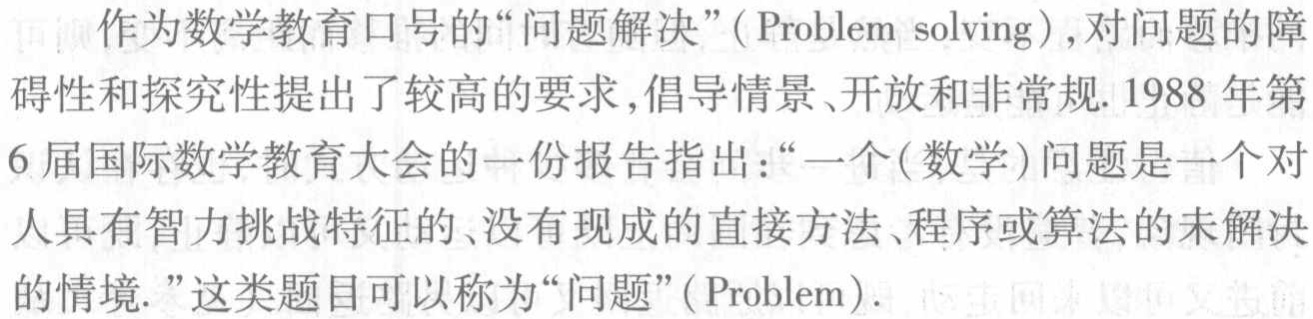
作为数学教育口号的“问题解决”(Problem solving),对问题的障碍性和探究性提出了较高的要求,倡导情景、开放和非常规. 1988 年第6届国际数学教育大会的一份报告指出：“一个(数学)问题是一个对人具有智力挑战特征的、没有现成的直接方法、程序或算法的未解决的情境.”这类题目可以称为“问题”(Problem).